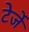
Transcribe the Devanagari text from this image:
टेर्जे